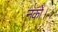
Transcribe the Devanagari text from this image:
नको।।